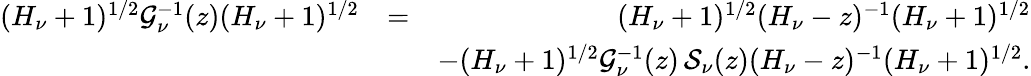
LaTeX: \begin{array}{rlr}{(H_{\nu}+1)^{1/2}\mathcal{G}_{\nu}^{-1}(z)(H_{\nu}+1)^{1/2}}&{=}&{(H_{\nu}+1)^{1/2}(H_{\nu}-z)^{-1}(H_{\nu}+1)^{1/2}}\\ &{}&{-(H_{\nu}+1)^{1/2}\mathcal{G}_{\nu}^{-1}(z)\, \mathcal{S}_{\nu}(z)(H_{\nu}-z)^{-1}(H_{\nu}+1)^{1/2}.}\end{array}